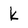
Character: k